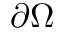
\partial \Omega